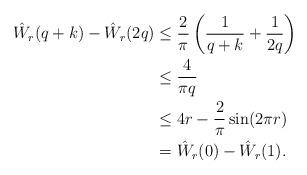
LaTeX: \begin{align*} \hat W_r(q+k)-\hat W_r(2q) & \le \frac{2}{\pi}\left( \frac{1}{q+k}+\frac{1}{2q}\right)\\ &\le \frac{4}{\pi q}\\ &\le 4r-\frac{2}{\pi}\sin(2\pi r)\\ &=\hat W_r(0)-\hat W_r(1).\end{align*}